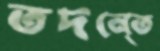
তদনে্ত